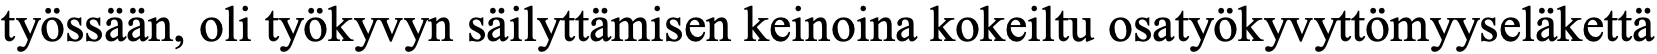
työssään, oli työkyvyn säilyttämisen keinoina kokeiltu osatyökyvyttömyyseläkettä